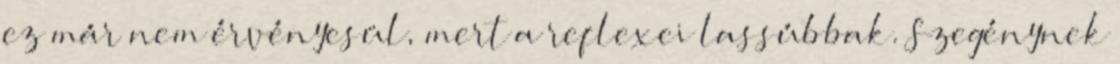
ez már nem érvényesül, mert a reflexei lassúbbak. Szegénynek